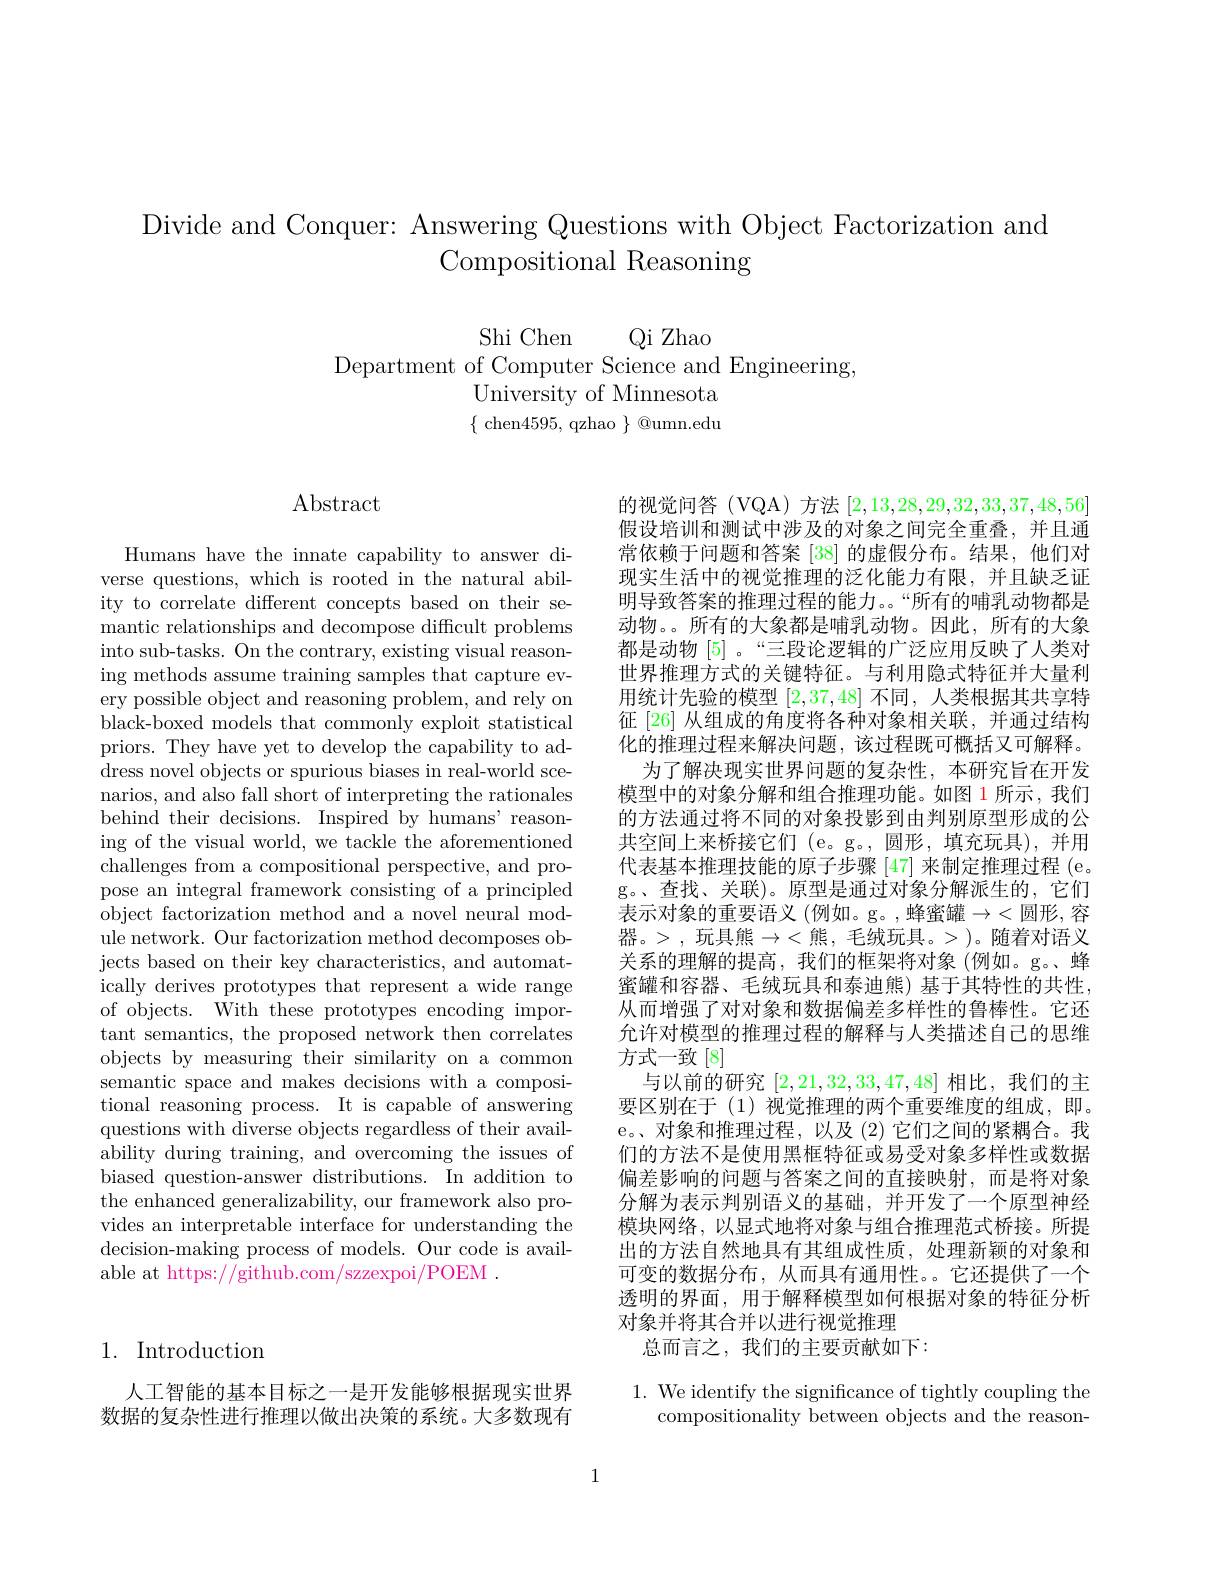
# Divide and Conquer: Answering Questions with Object Factorization and Compositional Reasoning

Shi Chen
Qi Zhao
Department of Computer Science and Engineering,
University of Minnesota $\{$chen4595,qzhao $\}$@umn.edu

## Abstract

Humans have the innate capability to answer diverse questions, which is rooted in the natural ability to correlate different concepts based on their semantic relationships and decompose difficult problems into sub-tasks. On the contrary, existing visual reasoning methods assume training samples that capture ev- $\bar{\text{ery possible object and reasoning problem, and rely on}}$ black-boxed models that commonly exploit statistical priors. They have yet to develop the capability to address novel objects or spurious biases in real-world scenarios, and also fall short of interpreting the rationales behind their decisions. Inspired by humans' reasoning of the visual world, we tackle the aforementioned challenges from a compositional perspective, and propose an integral framework consisting of a principled object factorization method and a novel neural module network. Our factorization method decomposes objects based on their key characteristics, and automatically derives prototypes that represent a wide range of objects. With these prototypes encoding important semantics, the proposed network then correlates objects by measuring their similarity on a common semantic space and makes decisions with a compositional reasoning process. It is capable of answering questions with diverse objects regardless of their availability during training, and overcoming the issues of biased question-answer distributions. In addition to the enhanced generalizability, our framework also provides an interpretable interface for understanding the decision-making process of models. Our code is available at https://github.com/szzexpoi/POEM .

## 1. Introduction

人工智能的基本目标之一是开发能够根据现实世界数据的复杂性进行推理以做出决策的系统。大多数现有

的视觉问答(VQA)方法[2,13,28,29,32,33,37,48,56] 假设培训和测试中涉及的对象之间完全重叠，并且通常依赖于问题和答案 [38] 的虚假分布。结果，他们对现实生活中的视觉推理的泛化能力有限，并且缺乏证明导致答案的推理过程的能力。。“所有的哺乳动物都是动物。。所有的大象都是哺乳动物。因此，所有的大象都是动物[5]。“三段论逻辑的广泛应用反映了人类对世界推理方式的关键特征。与利用隐式特征并大量利用统计先验的模型[2,37,48]不同，人类根据其共享特征[26] 从组成的角度将各种对象相关联，并通过结构化的推理过程来解决问题，该过程既可概括又可解释。
为了解决现实世界问题的复杂性，本研究旨在开发模型中的对象分解和组合推理功能。如图 1 所示 , 我们的方法通过将不同的对象投影到由判别原型形成的公共空间上来桥接它们 (e。g。,圆形，填充玩具),并用代表基本推理技能的原子步骤 [47] 来制定推理过程 (e。g。、查找、关联)。原型是通过对象分解派生的，它们表示对象的重要语义 (例如。g。,蜂蜜罐$\to<$圆形，容器。>,玩具熊$\to<$熊，毛绒玩具。>)。随着对语义关系的理解的提高，我们的框架将对象(例如。g。蜂蜜罐和容器、毛绒玩具和泰迪熊)基于其特性的共性从而增强了对对象和数据偏差多样性的鲁棒性。它还允许对模型的推理过程的解释与人类描述自己的思维方式一致[8]
与以前的研究[2,21,32,33,47,48]相比，我们的主要区别在于(1)视觉推理的两个重要维度的组成，即。e。、对象和推理过程，以及(2)它们之间的紧耦合。我们的方法不是使用黑框特征或易受对象多样性或数据偏差影响的问题与答案之间的直接映射，而是将对象分解为表示判别语义的基础，并开发了一个原型神经模块网络，以显式地将对象与组合推理范式桥接。所提出的方法自然地具有其组成性质，处理新颖的对象和可变的数据分布，从而具有通用性。它还提供了一个透明的界面，用于解释模型如何根据对象的特征分析对象并将其合并以进行视觉推理
总而言之，我们的主要贡献如下：

$1.{\mathrm{~We~identify~the~significance~of~tightly~coupling~the}}$
compositionality between objects and the reason-

1